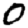
Digit: 0